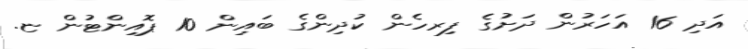
އަދި 16 އަހަރުން ދަށުގެ ފިރހެން ކުދިންގެ ބައިން 10 ޕޮއިންޓުން ޏ.